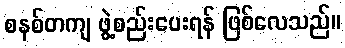
စနစ်တကျ ဖွဲ့စည်းပေးရန် ဖြစ်လေသည်။